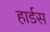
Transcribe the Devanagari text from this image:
हार्डस